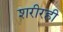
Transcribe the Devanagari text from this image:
शरीरही